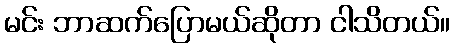
မင်း ဘာဆက်ပြောမယ်ဆိုတာ ငါသိတယ်။